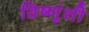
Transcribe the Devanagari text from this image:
विष्णूंशी